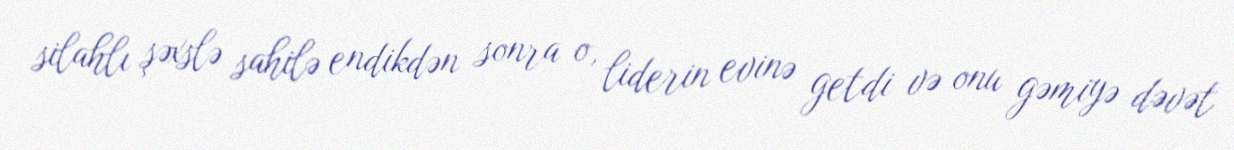
silahlı şəxslə sahilə endikdən sonra o, liderin evinə getdi və onu gəmiyə dəvət